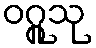
ဝဂ္ဂူသု